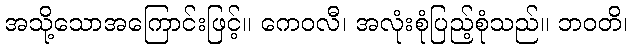
အသို့သောအကြောင်းဖြင့်။ ကေဝလီ၊ အလုံးစုံပြည့်စုံသည်။ ဘဝတိ၊